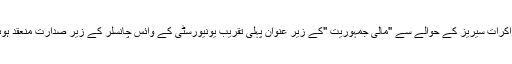
مزاکرات سیریز کے حوالے سے "مالی جمہوریت "کے زیر عنوان پہلی تقریب یونیورسٹی کے وائس چانسلر کے زیر صدارت منعقد ہوئی۔